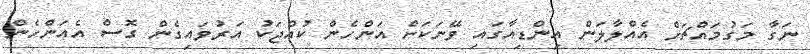
ނަގާ މަގުމައްޗަށް އެއްލާލަން އިންޑިއާގައި ވޭނަކަށް އަންހެން ކުއްޖަކު އަރުވައިގެން ގޮސް އެއަންހެން